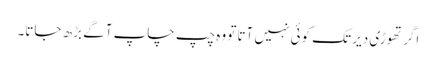
اگر تھوڑی دیر تک کوئی نہیں آتا تو وہ چپ چاپ آگے بڑھ جاتا۔